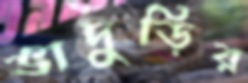
ভাদুড়ির